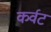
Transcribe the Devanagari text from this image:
कर्वट